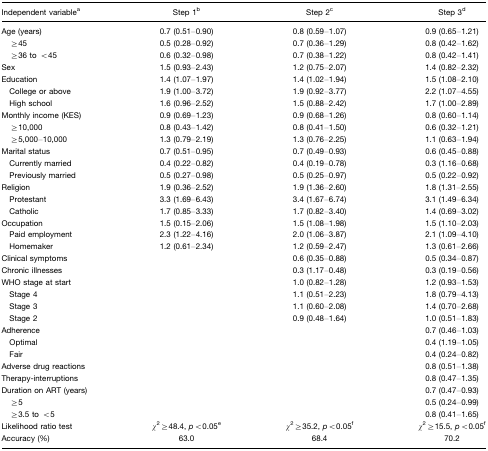
<table><thead><tr><td><b>Independent variablea</b></td><td><b>Step 1b</b></td><td><b>Step 2c</b></td><td><b>Step 3d</b></td></tr></thead><tbody><tr><td>Age (years)</td><td>0.7 (0.51–0.90)</td><td>0.8 (0.59–1.07)</td><td>0.9 (0.65–1.21)</td></tr><tr><td> ≥45</td><td>0.5 (0.28–0.92)</td><td>0.7 (0.36–1.29)</td><td>0.8 (0.42–1.62)</td></tr><tr><td> ≥36 to &lt;45</td><td>0.6 (0.32–0.98)</td><td>0.7 (0.38–1.22)</td><td>0.8 (0.42–1.41)</td></tr><tr><td>Sex</td><td>1.5 (0.93–2.43)</td><td>1.2 (0.75–2.07)</td><td>1.4 (0.82–2.32)</td></tr><tr><td>Education</td><td>1.4 (1.07–1.97)</td><td>1.4 (1.02–1.94)</td><td>1.5 (1.08–2.10)</td></tr><tr><td> College or above</td><td>1.9 (1.00–3.72)</td><td>1.9 (0.92–3.77)</td><td>2.2 (1.07–4.55)</td></tr><tr><td> High school</td><td>1.6 (0.96–2.52)</td><td>1.5 (0.88–2.42)</td><td>1.7 (1.00–2.89)</td></tr><tr><td>Monthly income (KES)</td><td>0.9 (0.69–1.23)</td><td>0.9 (0.68–1.26)</td><td>0.8 (0.60–1.14)</td></tr><tr><td> ≥10,000</td><td>0.8 (0.43–1.42)</td><td>0.8 (0.41–1.50)</td><td>0.6 (0.32–1.21)</td></tr><tr><td> ≥5,000–10,000</td><td>1.3 (0.79–2.19)</td><td>1.3 (0.76–2.25)</td><td>1.1 (0.63–1.94)</td></tr><tr><td>Marital status</td><td>0.7 (0.51–0.95)</td><td>0.7 (0.49–0.93)</td><td>0.6 (0.45–0.88)</td></tr><tr><td> Currently married</td><td>0.4 (0.22–0.82)</td><td>0.4 (0.19–0.78)</td><td>0.3 (1.16–0.68)</td></tr><tr><td> Previously married</td><td>0.5 (0.27–0.98)</td><td>0.5 (0.25–0.97)</td><td>0.5 (0.22–0.92)</td></tr><tr><td>Religion</td><td>1.9 (0.36–2.52)</td><td>1.9 (1.36–2.60)</td><td>1.8 (1.31–2.55)</td></tr><tr><td> Protestant</td><td>3.3 (1.69–6.43)</td><td>3.4 (1.67–6.74)</td><td>3.1 (1.49–6.34)</td></tr><tr><td> Catholic</td><td>1.7 (0.85–3.33)</td><td>1.7 (0.82–3.40)</td><td>1.4 (0.69–3.02)</td></tr><tr><td>Occupation</td><td>1.5 (0.15–2.06)</td><td>1.5 (1.08–1.98)</td><td>1.5 (1.10–2.03)</td></tr><tr><td> Paid employment</td><td>2.3 (1.22–4.16)</td><td>2.0 (1.06–3.87)</td><td>2.1 (1.09–4.10)</td></tr><tr><td> Homemaker</td><td>1.2 (0.61–2.34)</td><td>1.2 (0.59–2.47)</td><td>1.3 (0.61–2.66)</td></tr><tr><td>Clinical symptoms</td><td></td><td>0.6 (0.35–0.88)</td><td>0.5 (0.34–0.87)</td></tr><tr><td>Chronic illnesses</td><td></td><td>0.3 (1.17–0.48)</td><td>0.3 (0.19–0.56)</td></tr><tr><td>WHO stage at start</td><td></td><td>1.0 (0.82–1.28)</td><td>1.2 (0.93–1.53)</td></tr><tr><td> Stage 4</td><td></td><td>1.1 (0.51–2.23)</td><td>1.8 (0.79–4.13)</td></tr><tr><td> Stage 3</td><td></td><td>1.1 (0.60–2.08)</td><td>1.4 (0.70–2.68)</td></tr><tr><td> Stage 2</td><td></td><td>0.9 (0.48–1.64)</td><td>1.0 (0.51–1.83)</td></tr><tr><td>Adherence</td><td></td><td></td><td>0.7 (0.46–1.03)</td></tr><tr><td> Optimal</td><td></td><td></td><td>0.4 (1.19–1.05)</td></tr><tr><td> Fair</td><td></td><td></td><td>0.4 (0.24–0.82)</td></tr><tr><td>Adverse drug reactions</td><td></td><td></td><td>0.8 (0.51–1.38)</td></tr><tr><td>Therapy-interruptions</td><td></td><td></td><td>0.8 (0.47–1.35)</td></tr><tr><td>Duration on ART (years)</td><td></td><td></td><td>0.7 (0.47–0.93)</td></tr><tr><td> ≥5</td><td></td><td></td><td>0.5 (0.24–0.99)</td></tr><tr><td> ≥3.5 to &lt;5</td><td></td><td></td><td>0.8 (0.41–1.65)</td></tr><tr><td>Likelihood ratio test</td><td><i>χ</i><sup>2</sup>≥48.4, <i>p</i>&lt;0.05e</td><td><i>χ</i><sup>2</sup>≥35.2, <i>p</i>&lt;0.05f</td><td><i>χ</i><sup>2</sup>≥15.5, <i>p</i>&lt;0.05f</td></tr><tr><td>Accuracy (%)</td><td>63.0</td><td>68.4</td><td>70.2</td></tr></tbody></table>